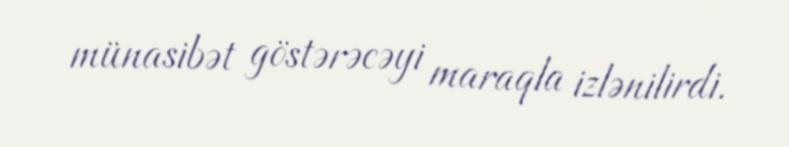
münasibət göstərəcəyi maraqla izlənilirdi.